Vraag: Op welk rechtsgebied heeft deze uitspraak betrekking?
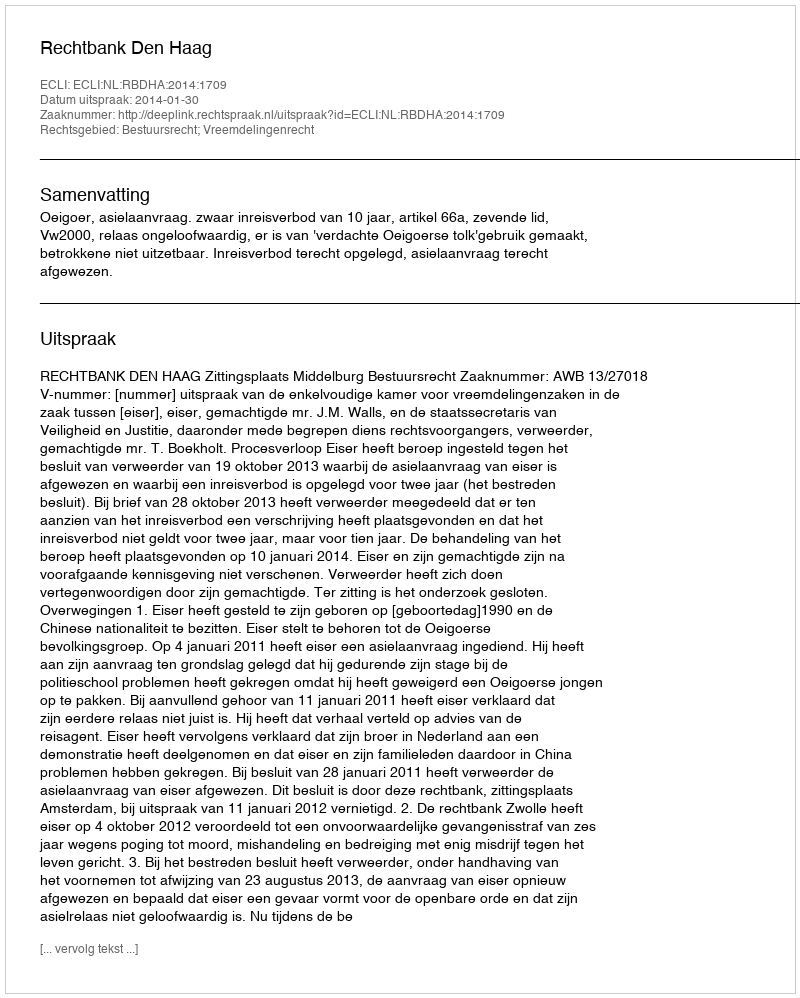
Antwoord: Bestuursrecht; Vreemdelingenrecht